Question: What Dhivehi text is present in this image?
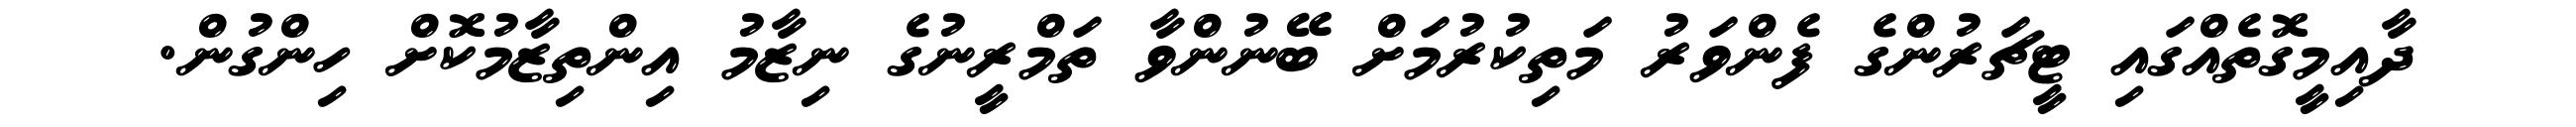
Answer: ދާއިމީގޮތެއްގައި ޓީޗަރުންގެ ފެންވަރު މަތިކުރުމަށް ބޭނުންވާ ތަމްރީނުގެ ނިޒާމު އިންތިޒާމުކޮށް ހިންގުން.